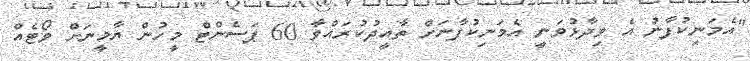
"އެމަނިކުފާނު އެ ވިދާޅުވަނީ އެމަނިކުފާނަށް ތާއީދުކުރައްވާ 60 ޕަސެންޓް މީހުން ޔާމީނަށް ވޯޓެއް